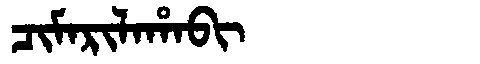
Manchu: ᠴᡳᠮᠠᡵᡳᠯᠠᡥᠠᠪᡳ
Romanization: CIMARILAHABI